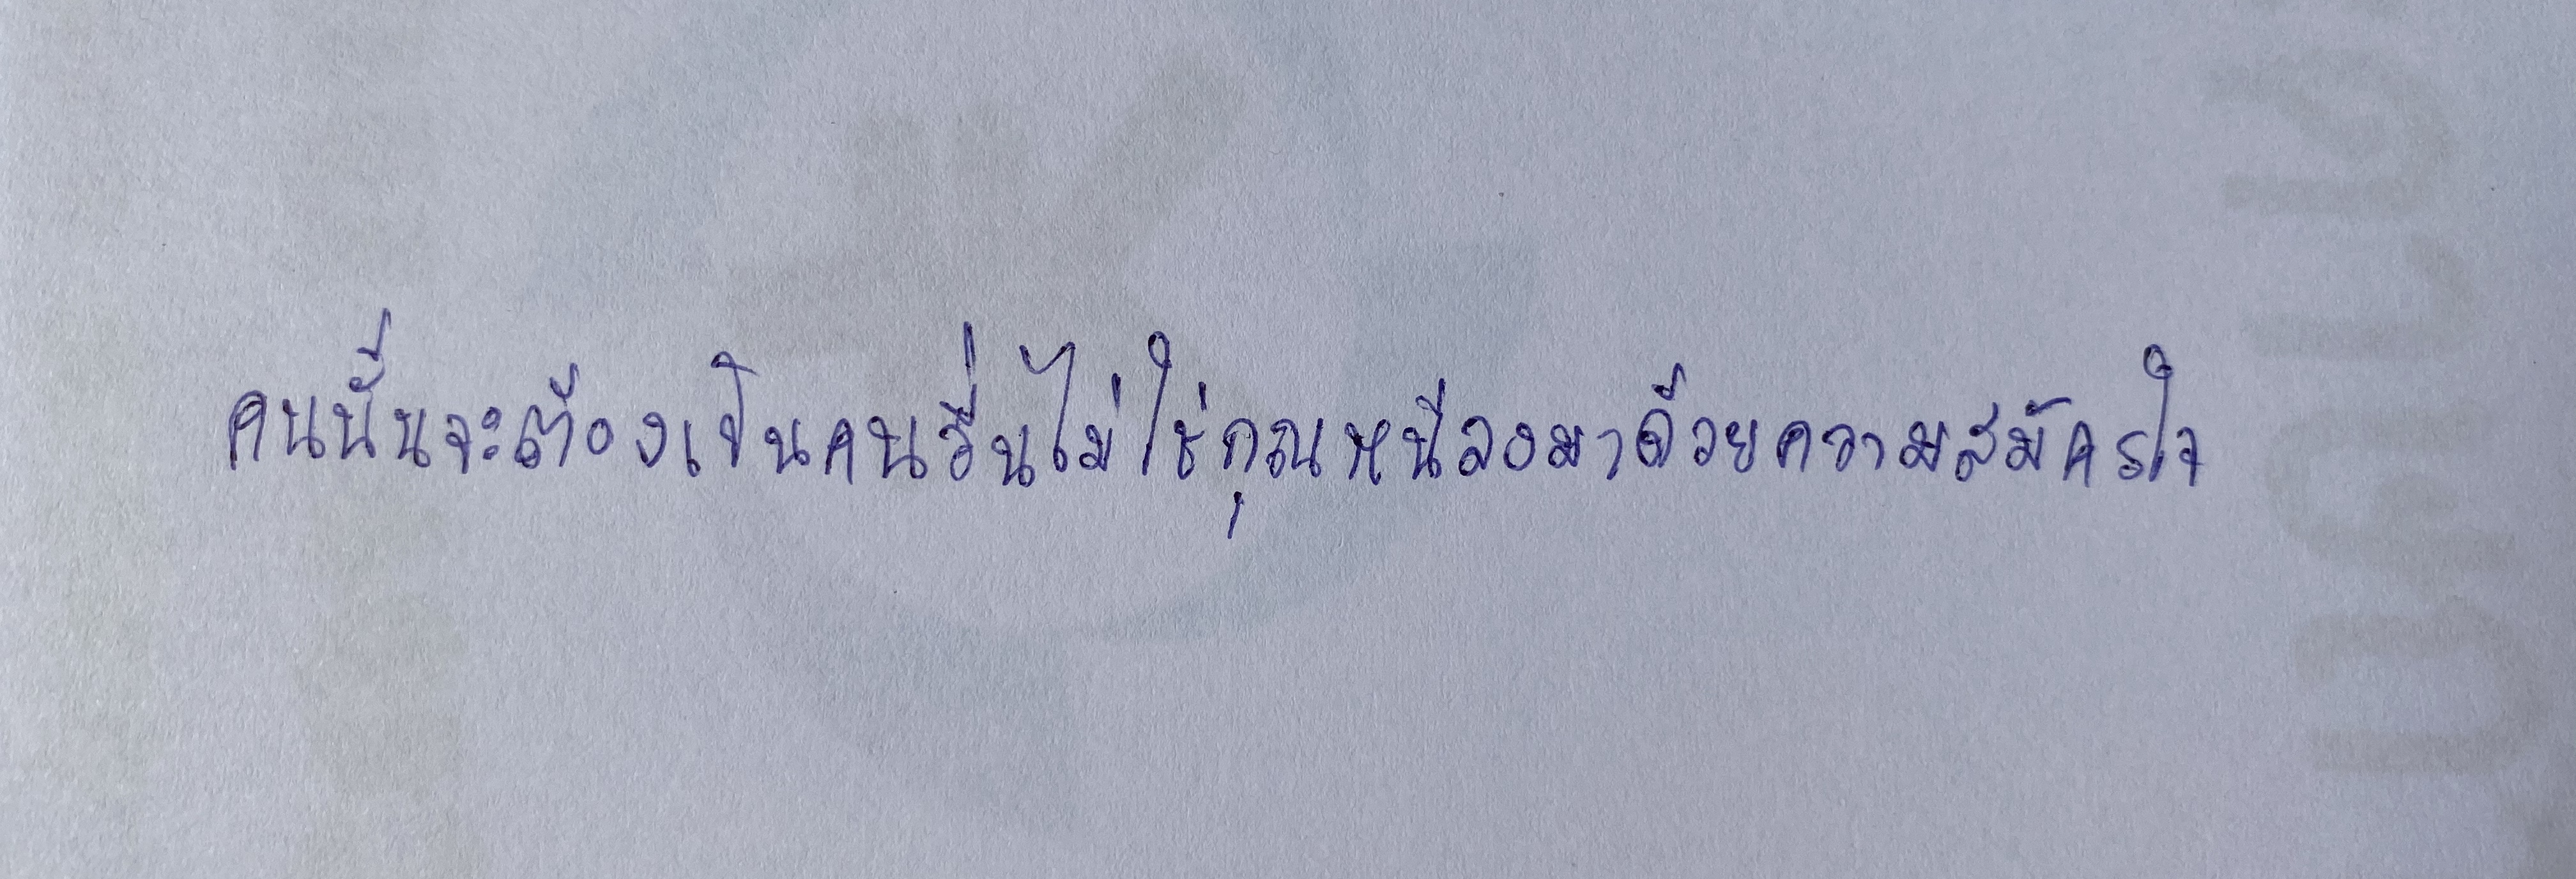
"คนนั้นจะต้องเป็นคนอื่นไม่ใช่กุณหนีลงมาด้วยความสมัครใจ"